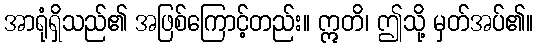
အာရုံရှိသည်၏ အဖြစ်ကြောင့်တည်း။ ဣတိ၊ ဤသို့ မှတ်အပ်၏။